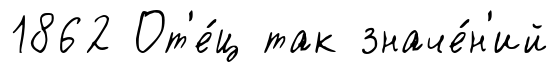
1862 От'е́ц так значе́н'ий